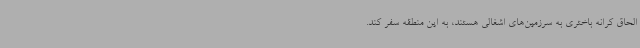
الحاق کرانه باختری به سرزمین‌های اشغالی هستند، به این منطقه سفر کند.